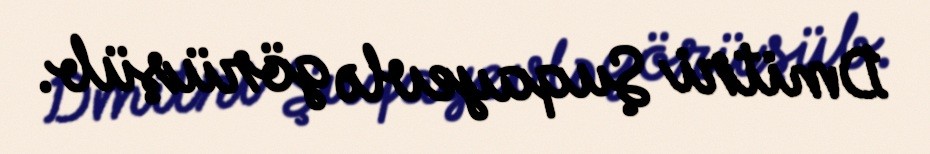
Dmitri Şuqayevlə görüşüb.